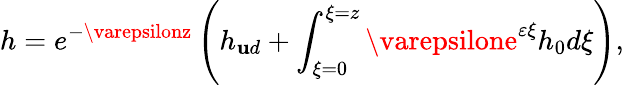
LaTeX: h=e^{-\varepsilonz}\left(h_{\mathbf{u}d}+\int_{\xi=0}^{\xi=z}\varepsilone^{\varepsilon\xi}h_{0}d\xi\right),